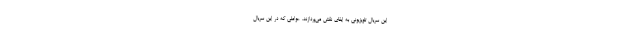
این سریال تلویزیونی به ایفای نقش می‌پردازند. عواملی که در این سریال